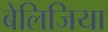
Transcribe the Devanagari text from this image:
बेलिजिया